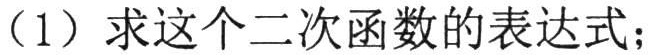
（1）求这个二次函数的表达式；